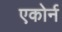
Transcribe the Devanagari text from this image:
एकोर्न